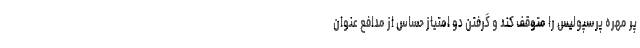
پر مهره‌ پرسپولیس را متوقف کند و گرفتن دو امتیاز حساس از مدافع عنوان